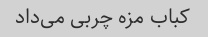
کباب مزه چربی می‌داد